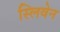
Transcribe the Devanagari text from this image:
स्लिवेन